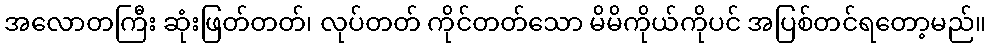
အလောတကြီး ဆုံးဖြတ်တတ်၊ လုပ်တတ် ကိုင်တတ်သော မိမိကိုယ်ကိုပင် အပြစ်တင်ရတော့မည်။